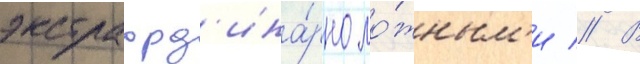
экстраорд'ина́рно ло́жным'и // В